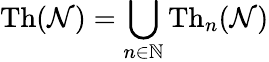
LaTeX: {\mathrm{Th}}({\mathcal{N}})=\bigcup_{n\in\mathbb{N}}{\mathrm{Th}}_{n}({\mathcal{N}})